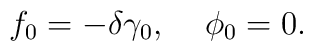
f_0 = -\delta \gamma_0, \;\;\;\; \phi_0 = 0.